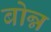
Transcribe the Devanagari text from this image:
बोन्न